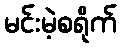
မင်းမဲ့စရိုက်